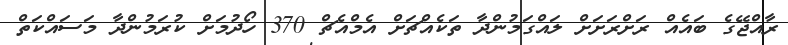
ރާއްޖޭގެ ބައެއް ރަށްރަށަށް ލައްގަމުންދާ ތަކެއްޗަށް އެމްއެޗް 370 ހޯދުމަށް ކުރަމުންދާ މަސައްކަތް